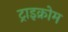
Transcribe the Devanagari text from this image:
ट्राइक्रोम